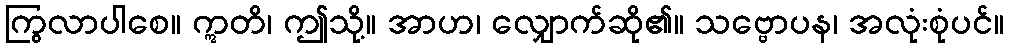
ကြွလာပါစေ။ ဣတိ၊ ဤသို့။ အာဟ၊ လျှောက်ဆို၏။ သဗ္ဗောပန၊ အလုံးစုံပင်။